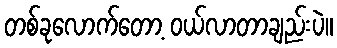
တစ်ခုလောက်တော့ ဝယ်လာတာချည်းပဲ။